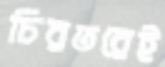
চিরতরেই